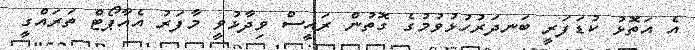
އެ އަތޮޅު ކުޑަފަރީ ބަނދަރުހުޅުވުމުގެ ގޮތުން ރައީސް ވިދާޅުވީ މާފަރު އެއާޕޯޓް ތަރައްގީ